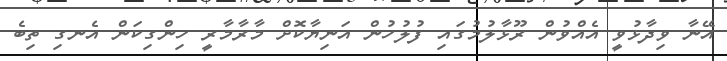
އޭނާ ވިދާޅުވީ އެއްވުން ރޫޅާލުމުގައި ފުލުހުން އަނިޔާކޮށް މާރާމާރީ ހިންގިކަން އެނގި ތިބެ